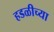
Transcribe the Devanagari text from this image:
हडळीच्या